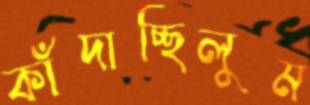
কাঁদাচ্ছিলুম